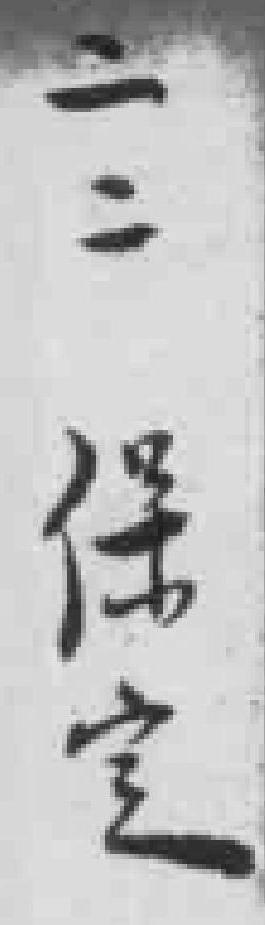
二二保定